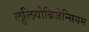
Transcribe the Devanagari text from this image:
लुलियोब्रिजेन्सियम